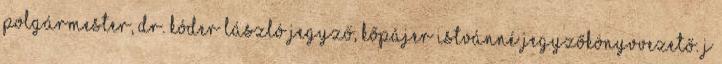
polgármester, Dr. Kóder László jegyző, Kőpájer Istvánné jegyzőkönyvvezető. J